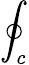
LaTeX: \oint_{c}